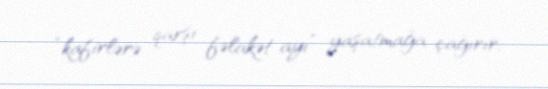
“kafirlərə qarşı fəlakət ayı” yaşatmağa çağırır.